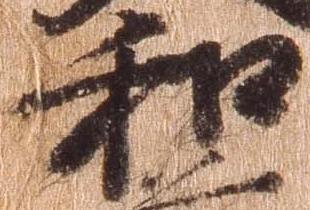
和